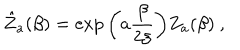
LaTeX: \hat { Z } _ { a } ( \beta ) = \exp \bigg ( a { \frac { \beta } { 2 \xi } } \bigg ) Z _ { a } ( \beta ) \ ,